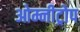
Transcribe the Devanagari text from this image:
ओम्नीट्रोप